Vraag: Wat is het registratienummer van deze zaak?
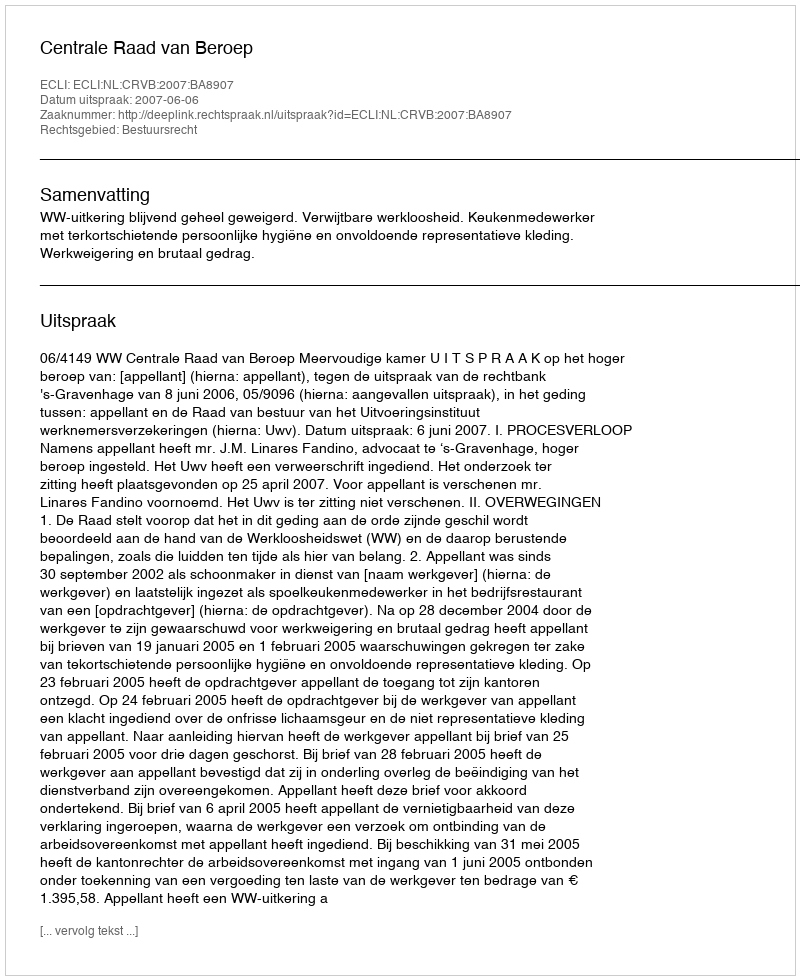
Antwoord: http://deeplink.rechtspraak.nl/uitspraak?id=ECLI:NL:CRVB:2007:BA8907